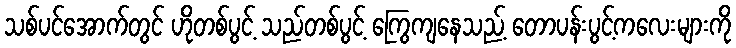
သစ်ပင်အောက်တွင် ဟိုတစ်ပွင့် သည်တစ်ပွင့် ကြွေကျနေသည့် တောပန်းပွင့်ကလေးများကို